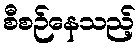
စီစဉ်နေသည့်